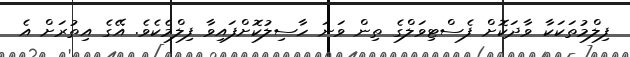
ފިލްމުތަކަކާ ވާދަކޮށް ފެސްޓިވަލްގެ ތިން ވަނަ ހާސިލުކޮށްފައިވާ ފިލްމެކެވެ. އޭގެ އިތުރަށް އެ